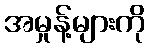
အမှုန့်များကို